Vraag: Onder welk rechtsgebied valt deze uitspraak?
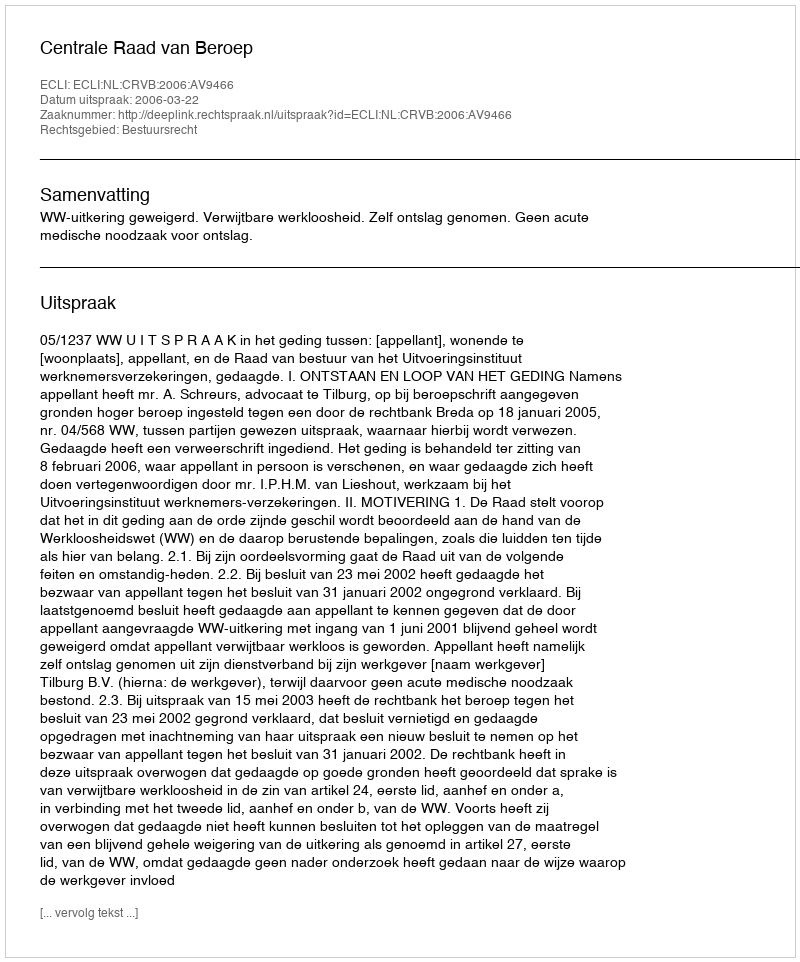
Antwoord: Bestuursrecht